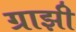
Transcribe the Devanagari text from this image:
ग्राझी